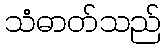
သံဓာတ်သည်